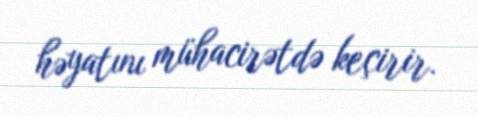
həyatını mühacirətdə keçirir.